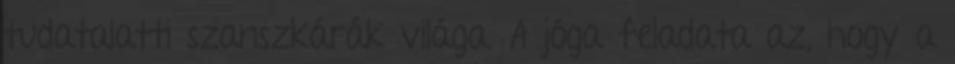
tudatalatti szanszkárák világa. A jóga feladata az, hogy a